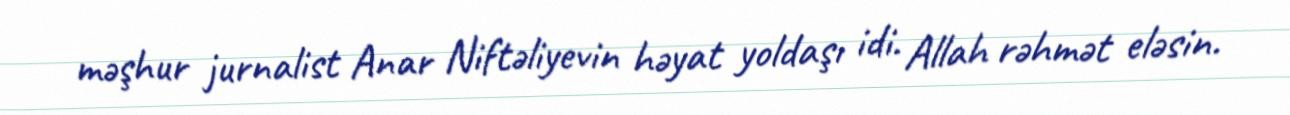
məşhur jurnalist Anar Niftəliyevin həyat yoldaşı idi. Allah rəhmət eləsin.